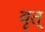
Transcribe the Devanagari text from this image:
वृत्